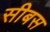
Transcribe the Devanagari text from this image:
सीबस